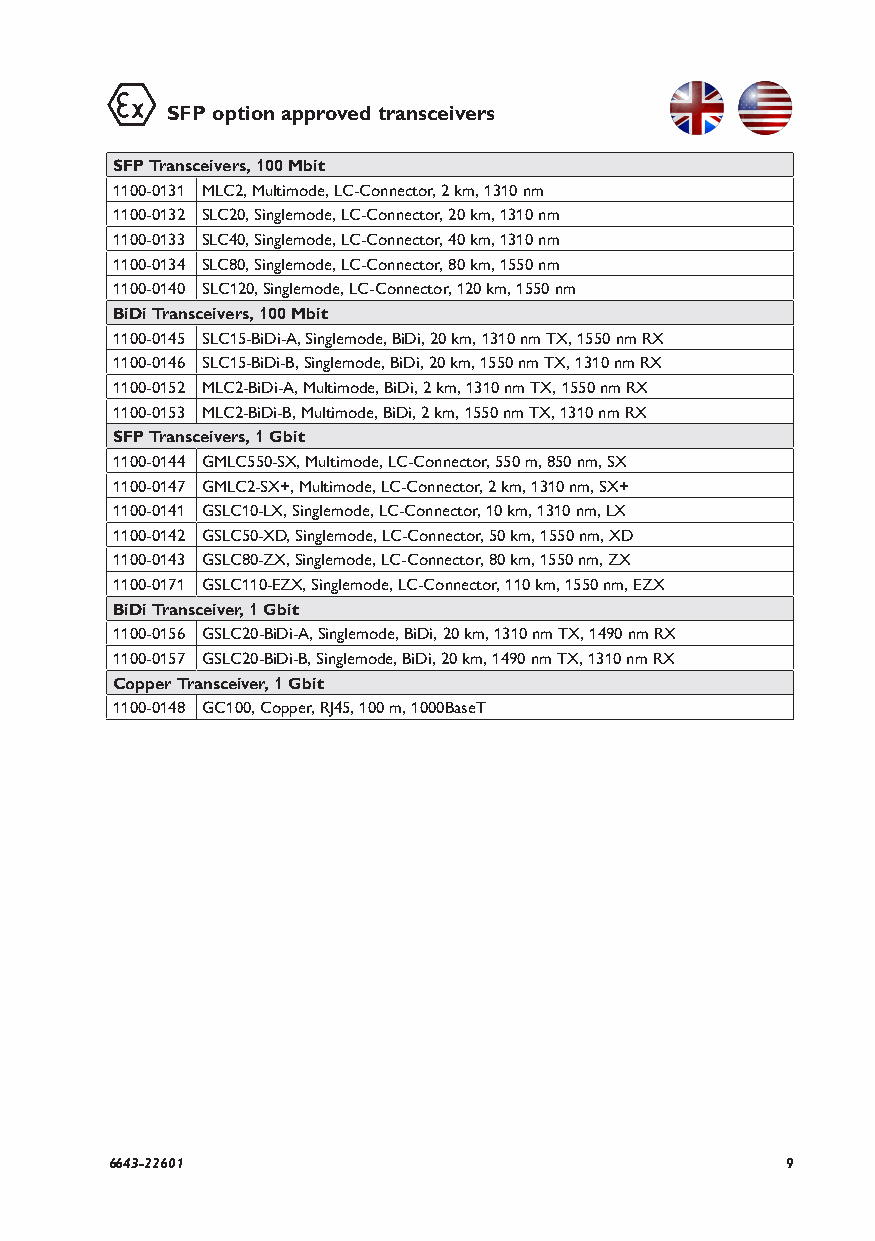
SFP option approved transceivers
 SFP Transceivers, 100 Mbit
 1100-0131 MLC2, Multimode, LC-Connector, 2 km, 1310 nm
 1100-0132 SLC20, Singlemode, LC-Connector, 20 km, 1310 nm
 1100-0133 SLC40, Singlemode, LC-Connector, 40 km, 1310 nm
 1100-0134 SLC80, Singlemode, LC-Connector, 80 km, 1550 nm
 1100-0140 SLC120, Singlemode, LC-Connector, 120 km, 1550 nm
 BiDi Transceivers, 100 Mbit
 1100-0145 SLC15-BiDi-A, Singlemode, BiDi, 20 km, 1310 nm TX, 1550 nm RX
 1100-0146 SLC15-BiDi-B, Singlemode, BiDi, 20 km, 1550 nm TX, 1310 nm RX
 1100-0152 MLC2-BiDi-A, Multimode, BiDi, 2 km, 1310 nm TX, 1550 nm RX
 1100-0153 MLC2-BiDi-B, Multimode, BiDi, 2 km, 1550 nm TX, 1310 nm RX
 SFP Transceivers, 1 Gbit
 1100-0144 GMLC550-SX, Multimode, LC-Connector, 550 m, 850 nm, SX
 1100-0147 GMLC2-SX+, Multimode, LC-Connector, 2 km, 1310 nm, SX+
 1100-0141 GSLC10-LX, Singlemode, LC-Connector, 10 km, 1310 nm, LX
 1100-0142 GSLC50-XD, Singlemode, LC-Connector, 50 km, 1550 nm, XD
 1100-0143 GSLC80-ZX, Singlemode, LC-Connector, 80 km, 1550 nm, ZX
 1100-0171 GSLC110-EZX, Singlemode, LC-Connector, 110 km, 1550 nm, EZX
 BiDi Transceiver, 1 Gbit
 1100-0156 GSLC20-BiDi-A, Singlemode, BiDi, 20 km, 1310 nm TX, 1490 nm RX
 1100-0157 GSLC20-BiDi-B, Singlemode, BiDi, 20 km, 1490 nm TX, 1310 nm RX
 Copper Transceiver, 1 Gbit
 1100-0148 GC100, Copper, RJ45, 100 m, 1000BaseT
 6643-22601                                   9